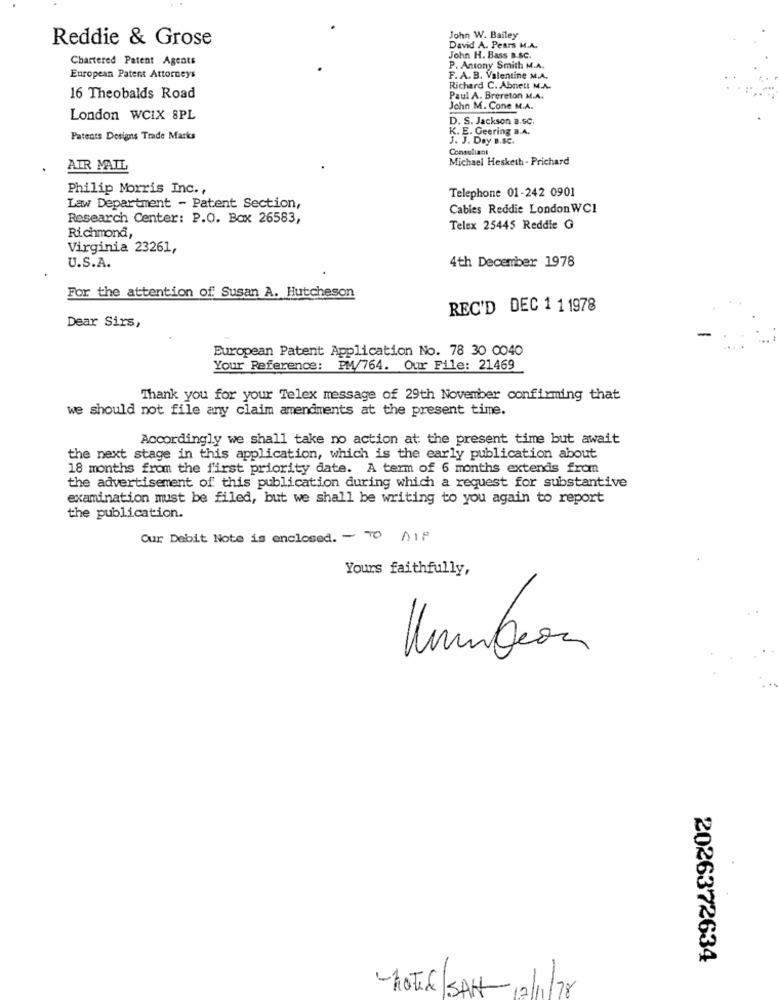
Reddie & Grose
John W. Bailey
David A. Pears M.A.
Chartered Patent Agents
John H. Bass B.SC.
P. Antony Smith M.A.
European Patent Attorneys
F. A. B. Valentine M.A.
Richard C. Abnett M.A.
16 Theobalds Road
Paul A. Brereton M.A.
John M. Cone M.A.
London WCIX 8PL
D. S. Jackson B.SC.
K. E. Geering a.A.
Patents Designs Trade Marks
J. J. Day B.SC.
Consoliani
Michael Hesketh - Prichard
AIR MAIL
Philip Morris Inc .,
Telephone 01-242 0901
Law Department - Patent Section,
Cables Reddie LondonWCI
Research Center: P.O. Box 26583,
Telex 25445 Reddie G
Richmond,
Virginia 23261,
U.S.A.
4th December 1978
For the attention of Susan A. Hutcheson
REC'D DEC 1 1 1978
Dear Sirs,
European Patent Application No. 78 30 0040
Your Reference: PM/764. Our File: 21469
Thank you for your Telex message of 29th November confirming that
we should not file any claim amendments at the present time.
Accordingly we shall take no action at the present time but await
the next stage in this application, which is the early publication about
18 months from the first priority date. A term of 6 months extends from
the advertisement of this publication during which a request for substantive
examination must be filed, but we shall be writing to you again to report
the publication.
Our Debit Note is enclosed. - TO AIF
Yours faithfully,
2026372634
-NOTE/SAN- 12/11/78